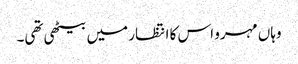
وہاں مہرو اس کا انتظار میں بیٹھی تھی۔